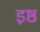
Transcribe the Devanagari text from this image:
इष्ठ